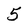
Character: 5